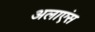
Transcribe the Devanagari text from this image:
अलाएंस